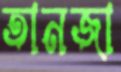
তানজা